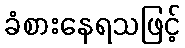
ခံစားနေရသဖြင့်